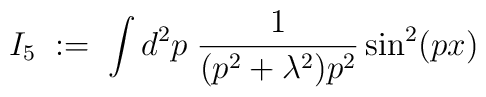
I_5 \; := \; \int d^2p \; \frac{1}{(p^2 + \lambda^2) p^2}\sin^2(px)